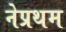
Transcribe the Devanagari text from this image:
नेप्रथम